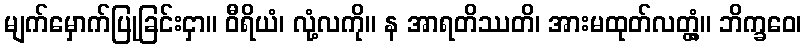
မျက်မှောက်ပြုခြင်းငှာ။ ဝီရိယံ၊ လုံ့လကို။ န အာရတိဿတိ၊ အားမထုတ်လတ္တံ့။ ဘိက္ခဝေ၊